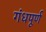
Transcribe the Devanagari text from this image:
गंधपूर्ण